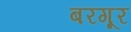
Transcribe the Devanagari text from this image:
बरगूर